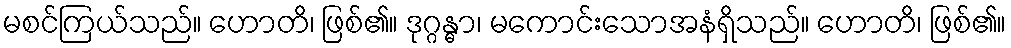
မစင်ကြယ်သည်။ ဟောတိ၊ ဖြစ်၏။ ဒုဂ္ဂန္ဓာ၊ မကောင်းသောအနံရှိသည်။ ဟောတိ၊ ဖြစ်၏။